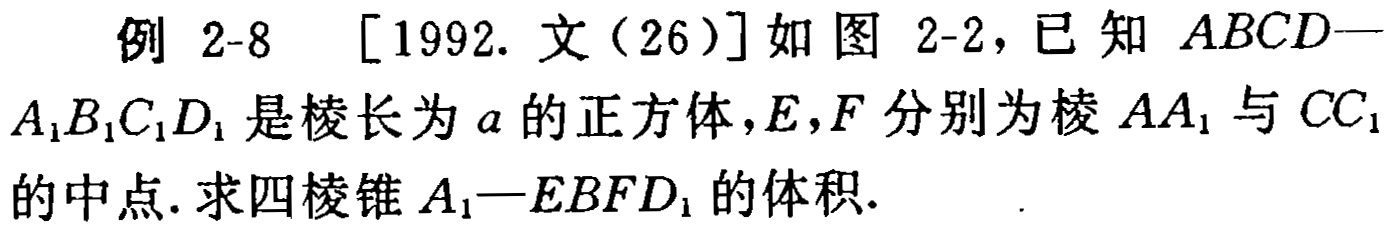
例 2-8 [1992. 文（26）]如图 2-2，已知 \(ABCD - A_{1}B_{1}C_{1}D_{1}\) 是棱长为 \(a\) 的正方体，\(E,F\) 分别为棱 \(AA_{1}\) 与 \(CC_{1}\) 的中点. 求四棱锥 \(A_{1}-EBFD_{1}\) 的体积.